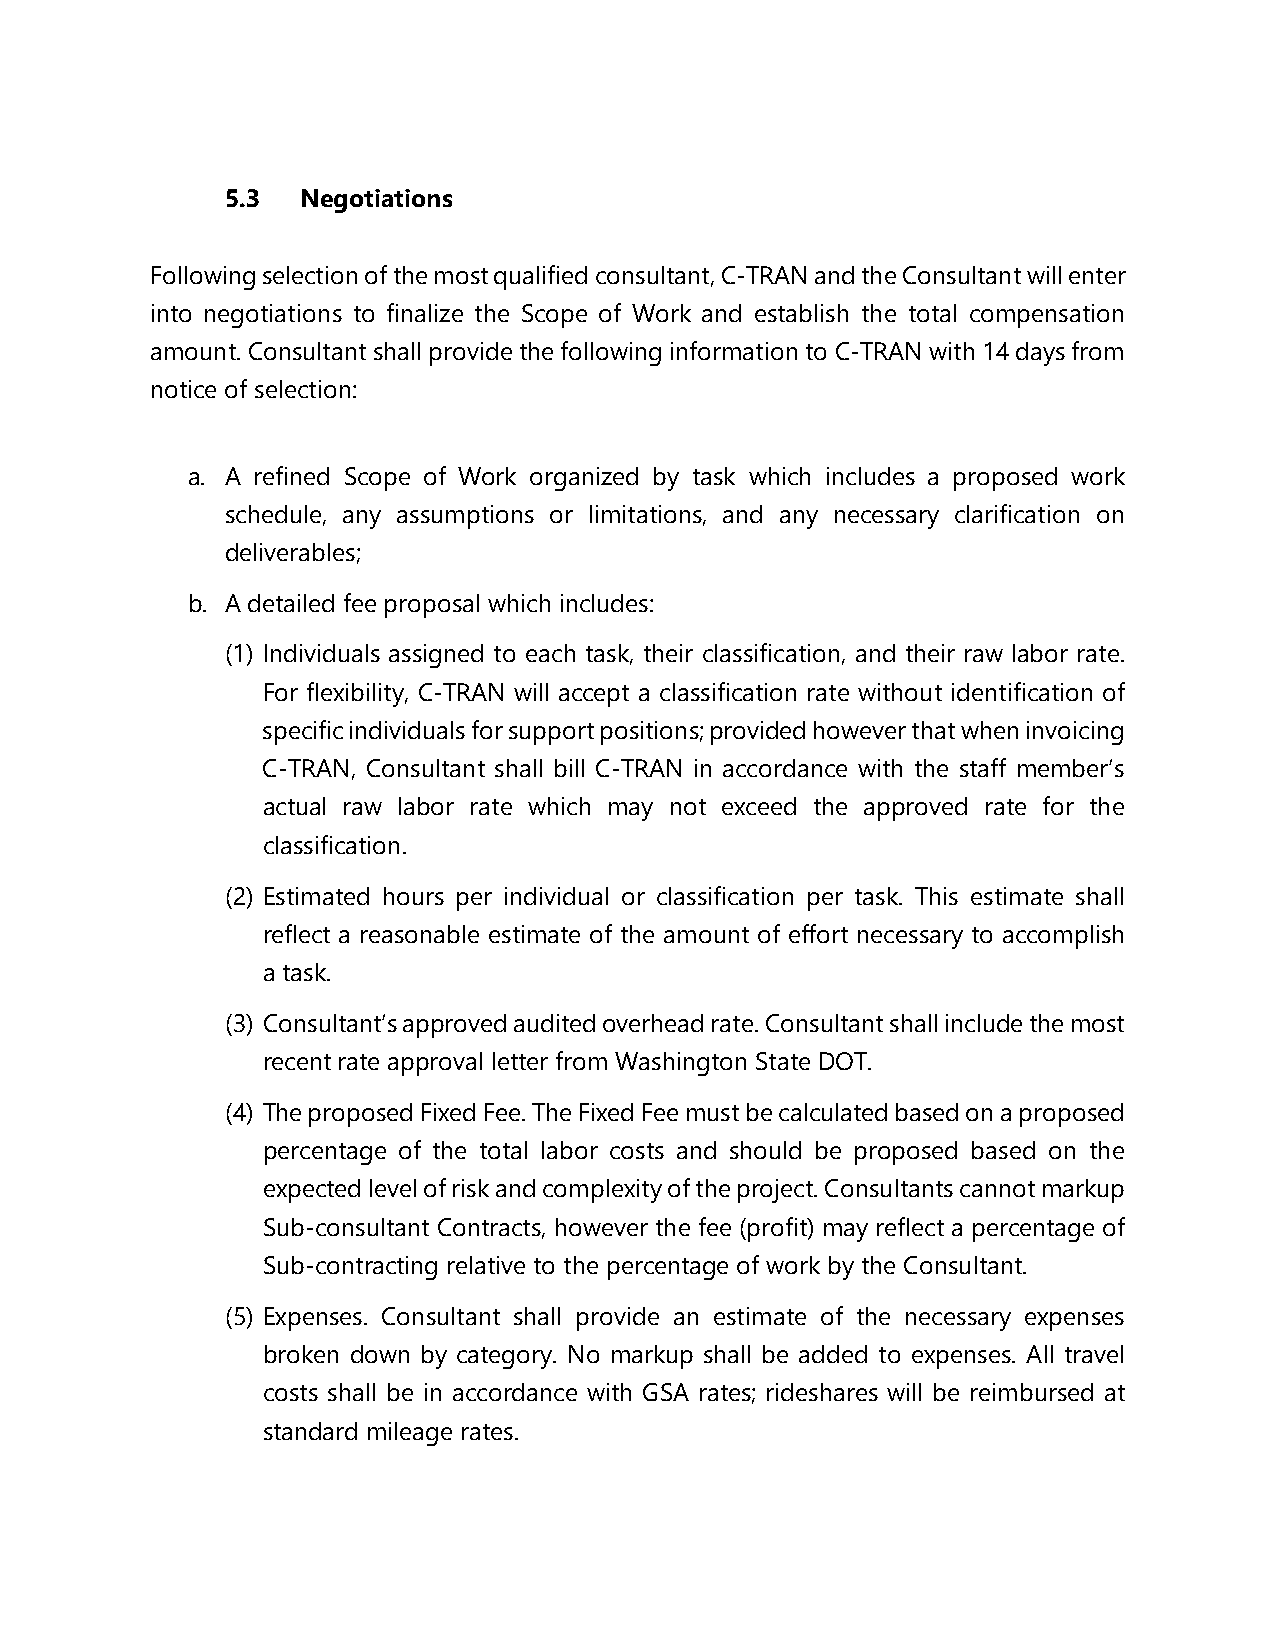
5.3  Negotiations
 Following selection of the most qualified consultant, C-TRAN and the Consultant will enter
 into negotiations to finalize the Scope of Work and establish the total compensation
 amount. Consultant shall provide the following information to C-TRAN with 14 days from
 notice of selection:
 a. A refined Scope of Work organized by task which includes a proposed work
 schedule, any assumptions or limitations, and any necessary clarification on
 deliverables;
 b. A detailed fee proposal which includes:
 (1) Individuals assigned to each task, their classification, and their raw labor rate.
 For flexibility, C-TRAN will accept a classification rate without identification of
 specific individuals for support positions; provided however that when invoicing
 C-TRAN, Consultant shall bill C-TRAN in accordance with the staff member’s
 actual raw labor rate which may not exceed the approved rate for the
 classification.
 (2) Estimated hours per individual or classification per task. This estimate shall
 reflect a reasonable estimate of the amount of effort necessary to accomplish
 a task.
 (3) Consultant’s approved audited overhead rate. Consultant shall include the most
 recent rate approval letter from Washington State DOT.
 (4) The proposed Fixed Fee. The Fixed Fee must be calculated based on a proposed
 percentage of the total labor costs and should be proposed based on the
 expected level of risk and complexity of the project. Consultants cannot markup
 Sub-consultant Contracts, however the fee (profit) may reflect a percentage of
 Sub-contracting relative to the percentage of work by the Consultant.
 (5) Expenses. Consultant shall provide an estimate of the necessary expenses
 broken down by category. No markup shall be added to expenses. All travel
 costs shall be in accordance with GSA rates; rideshares will be reimbursed at
 standard mileage rates.